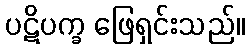
ပဋိပက္ခ ဖြေရှင်းသည်။